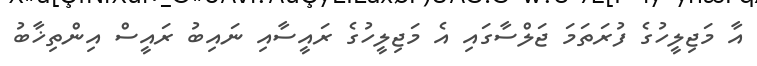
އާ މަޖިލީހުގެ ފުރަތަމަ ޖަލްސާގައި އެ މަޖިލީހުގެ ރައީސާއި ނައިބު ރައީސް އިންތިޚާބު